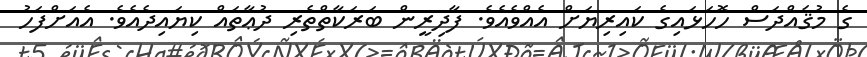
ގެ މުޤައްދަސް ހޮހަޅައިގެ ކައިރިޔަށް އެއްވެއެވެ. ފާދިރީން ބަރަކާތްތެރި ދުޢާތައް ކިޔައިދެއެވެ. އެއަށްފަހު